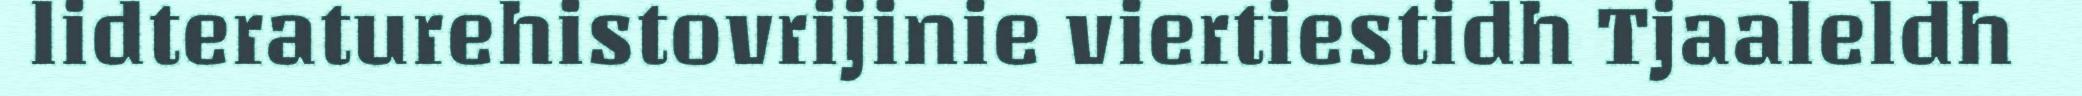
lidteraturehistovrijinie viertiestidh Tjaaleldh